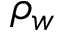
\rho _ { w }